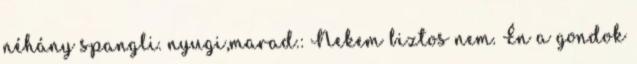
néhány spangli. nyugi,marad.: Nekem biztos nem. Én a gondok